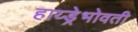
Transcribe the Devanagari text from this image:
हाय्ड्रेभोवती